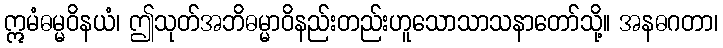
ဣမံဓမ္မဝိနယံ၊ ဤသုတ်အဘိဓမ္မာဝိနည်းတည်းဟူသောသာသနာတော်သို့။ အနဓဂတာ၊